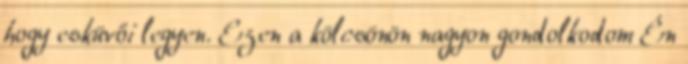
hogy esküvői legyen. Ezen a kölcsönön nagyon gondolkodom Én